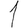
Digit: 1